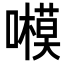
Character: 𡃗